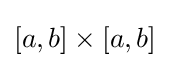
[a,b]\times [a,b]